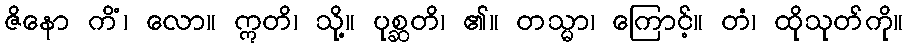
ဇိနော ကိံ၊ လော။ ဣတိ၊ သို့။ ပုစ္ဆတိ၊ ၏။ တသ္မာ၊ ကြောင့်။ တံ၊ ထိုသုတ်ကို။